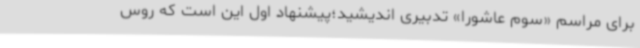
برای مراسم «سوم عاشورا» تدبیری اندیشید؛پیشنهاد اول این است که روس